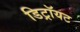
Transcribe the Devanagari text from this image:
डिट्रॉयट